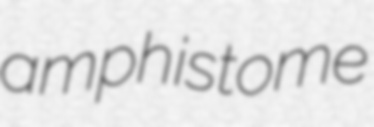
amphistome